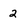
Character: 2